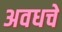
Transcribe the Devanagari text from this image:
अवधचे